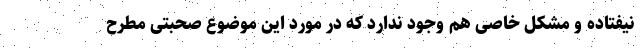
نیفتاده و مشکل خاصی هم وجود ندارد که در مورد این موضوع صحبتی مطرح